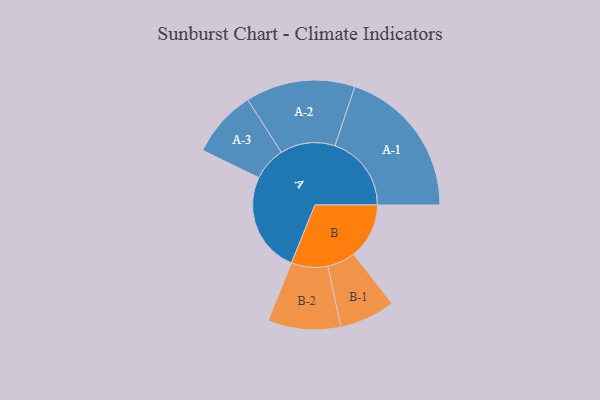
{"axis": {"x": "Segment", "y": "Value"}, "legend": ["", "A", "B"], "data": [{"x": "A", "y": 385, "type": ""}, {"x": "B", "y": 213, "type": ""}, {"x": "A-1", "y": 293, "type": "A"}, {"x": "A-2", "y": 210, "type": "A"}, {"x": "A-3", "y": 129, "type": "A"}, {"x": "B-1", "y": 107, "type": "B"}, {"x": "B-2", "y": 140, "type": "B"}]}